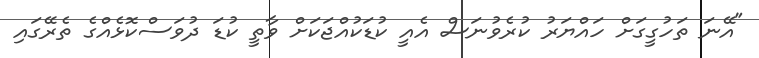
"އޭނަ ތަހުގީގަށް ހައްޔަރު ކުރެވުނަސް އެއީ ކުޑަކުއްޖަކަށް ވާތީ ކުޑަ ދުވަސްކޮޅެއްގެ ތެރޭގައި